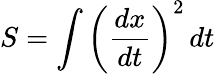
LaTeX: S=\int\left({\frac{dx}{dt}}\right)^{2}\, dt